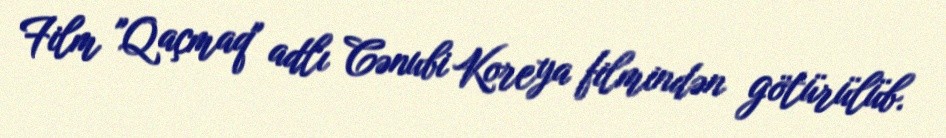
Film "Qaçmaq" adlı Cənubi Koreya filmindən götürülüb.